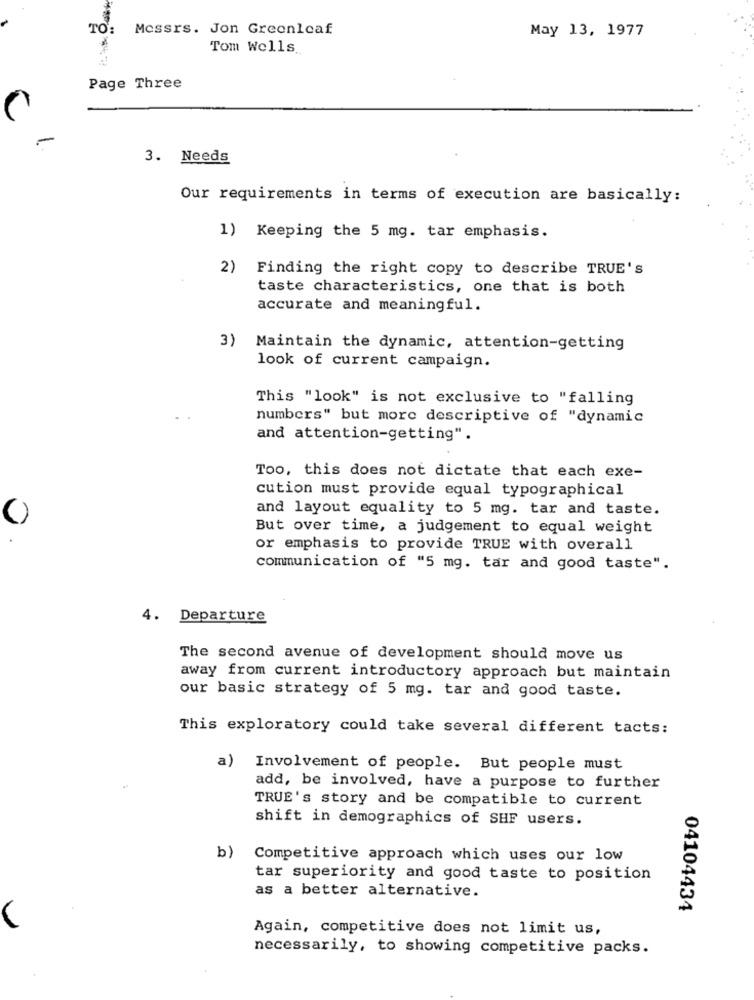
TO:
Messrs. Jon Greenleaf
May 13, 1977
Tom Wells.
Page Three
3. Needs
Our requirements in terms of execution are basically:
1) Keeping the 5 mg. tar emphasis.
2)
Finding the right copy to describe TRUE's
taste characteristics, one that is both
accurate and meaningful.
3)
Maintain the dynamic, attention-getting
look of current campaign.
This "look" is not exclusive to "falling
numbers" but more descriptive of "dynamic
and attention-getting".
Too, this does not dictate that each exe-
cution must provide equal typographical
and layout equality to 5 mg. tar and taste.
But over time, a judgement to equal weight
or emphasis to provide TRUE with overall
communication of "5 mg. tar and good taste".
4. Departure
The second avenue of development should move us
away from current introductory approach but maintain
our basic strategy of 5 mg. tar and good taste.
This exploratory could take several different tacts:
a) Involvement of people. But people must
add, be involved, have a purpose to further
TRUE's story and be compatible to current
shift in demographics of SHF users.
b)
Competitive approach which uses our low
tar superiority and good taste to position
as a better alternative.
04104434
Again, competitive does not limit us,
necessarily, to showing competitive packs.